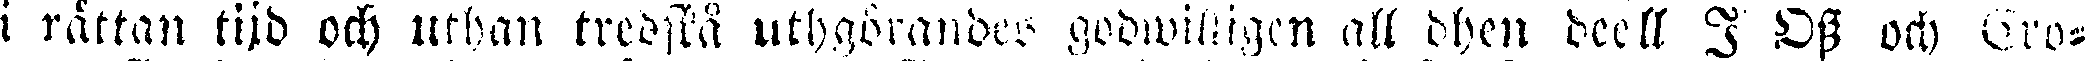
i rättan tijd och uthan tredstå uthgörandes godwilligen att dhen deell I Dss och Gro-